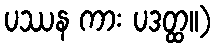
ပဿန ကား ပဒတ္ထ။)